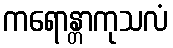
ကရောန္တာကုသလံ